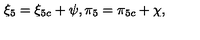
{ \xi } _ { 5 } = { \xi } _ { 5 c } + \psi , { \pi } _ { 5 } = { \pi } _ { 5 c } + \chi ,